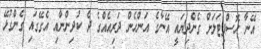
އޭނާ ހޮސްޕިޓަލަށް ގެންދިޔައީ އޭނާގެ އަންހެން ދަރިއެއްގެ ދެ ކުދިންނާއި އެގޭގައި ގެންގުޅޭ